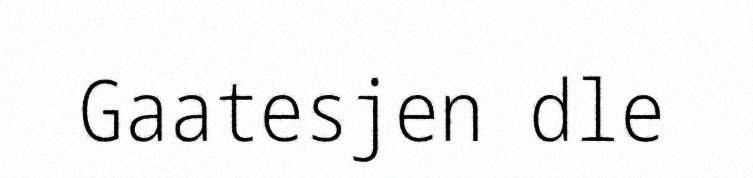
Gaatesjen dle